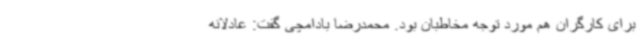
برای کارگران هم مورد توجه مخاطبان بود. محمدرضا بادامچی گفت: عادلانه